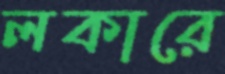
লকারে